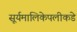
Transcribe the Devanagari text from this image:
सूर्यमालिकेपलीकडे